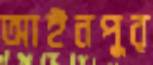
আইনপুর